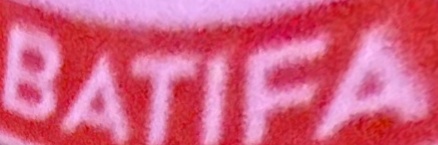
BATIFA